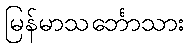
မြန်မာသင်္ဘောသား